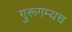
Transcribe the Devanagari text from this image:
गुरूगम्यच